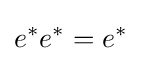
e^{*}e^{*}=e^{*}